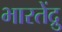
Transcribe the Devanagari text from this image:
भारतेंद्रु